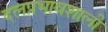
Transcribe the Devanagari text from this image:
दलप्रभावशाली